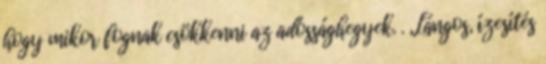
hogy mikor fognak csökkenni az adóssághegyek. . „Lángos, ízesítés